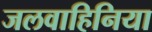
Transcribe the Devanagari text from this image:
जलवाहिनिया